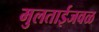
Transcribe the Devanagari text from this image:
मुलताईजवळ